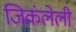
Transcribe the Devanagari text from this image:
जिकंलेली